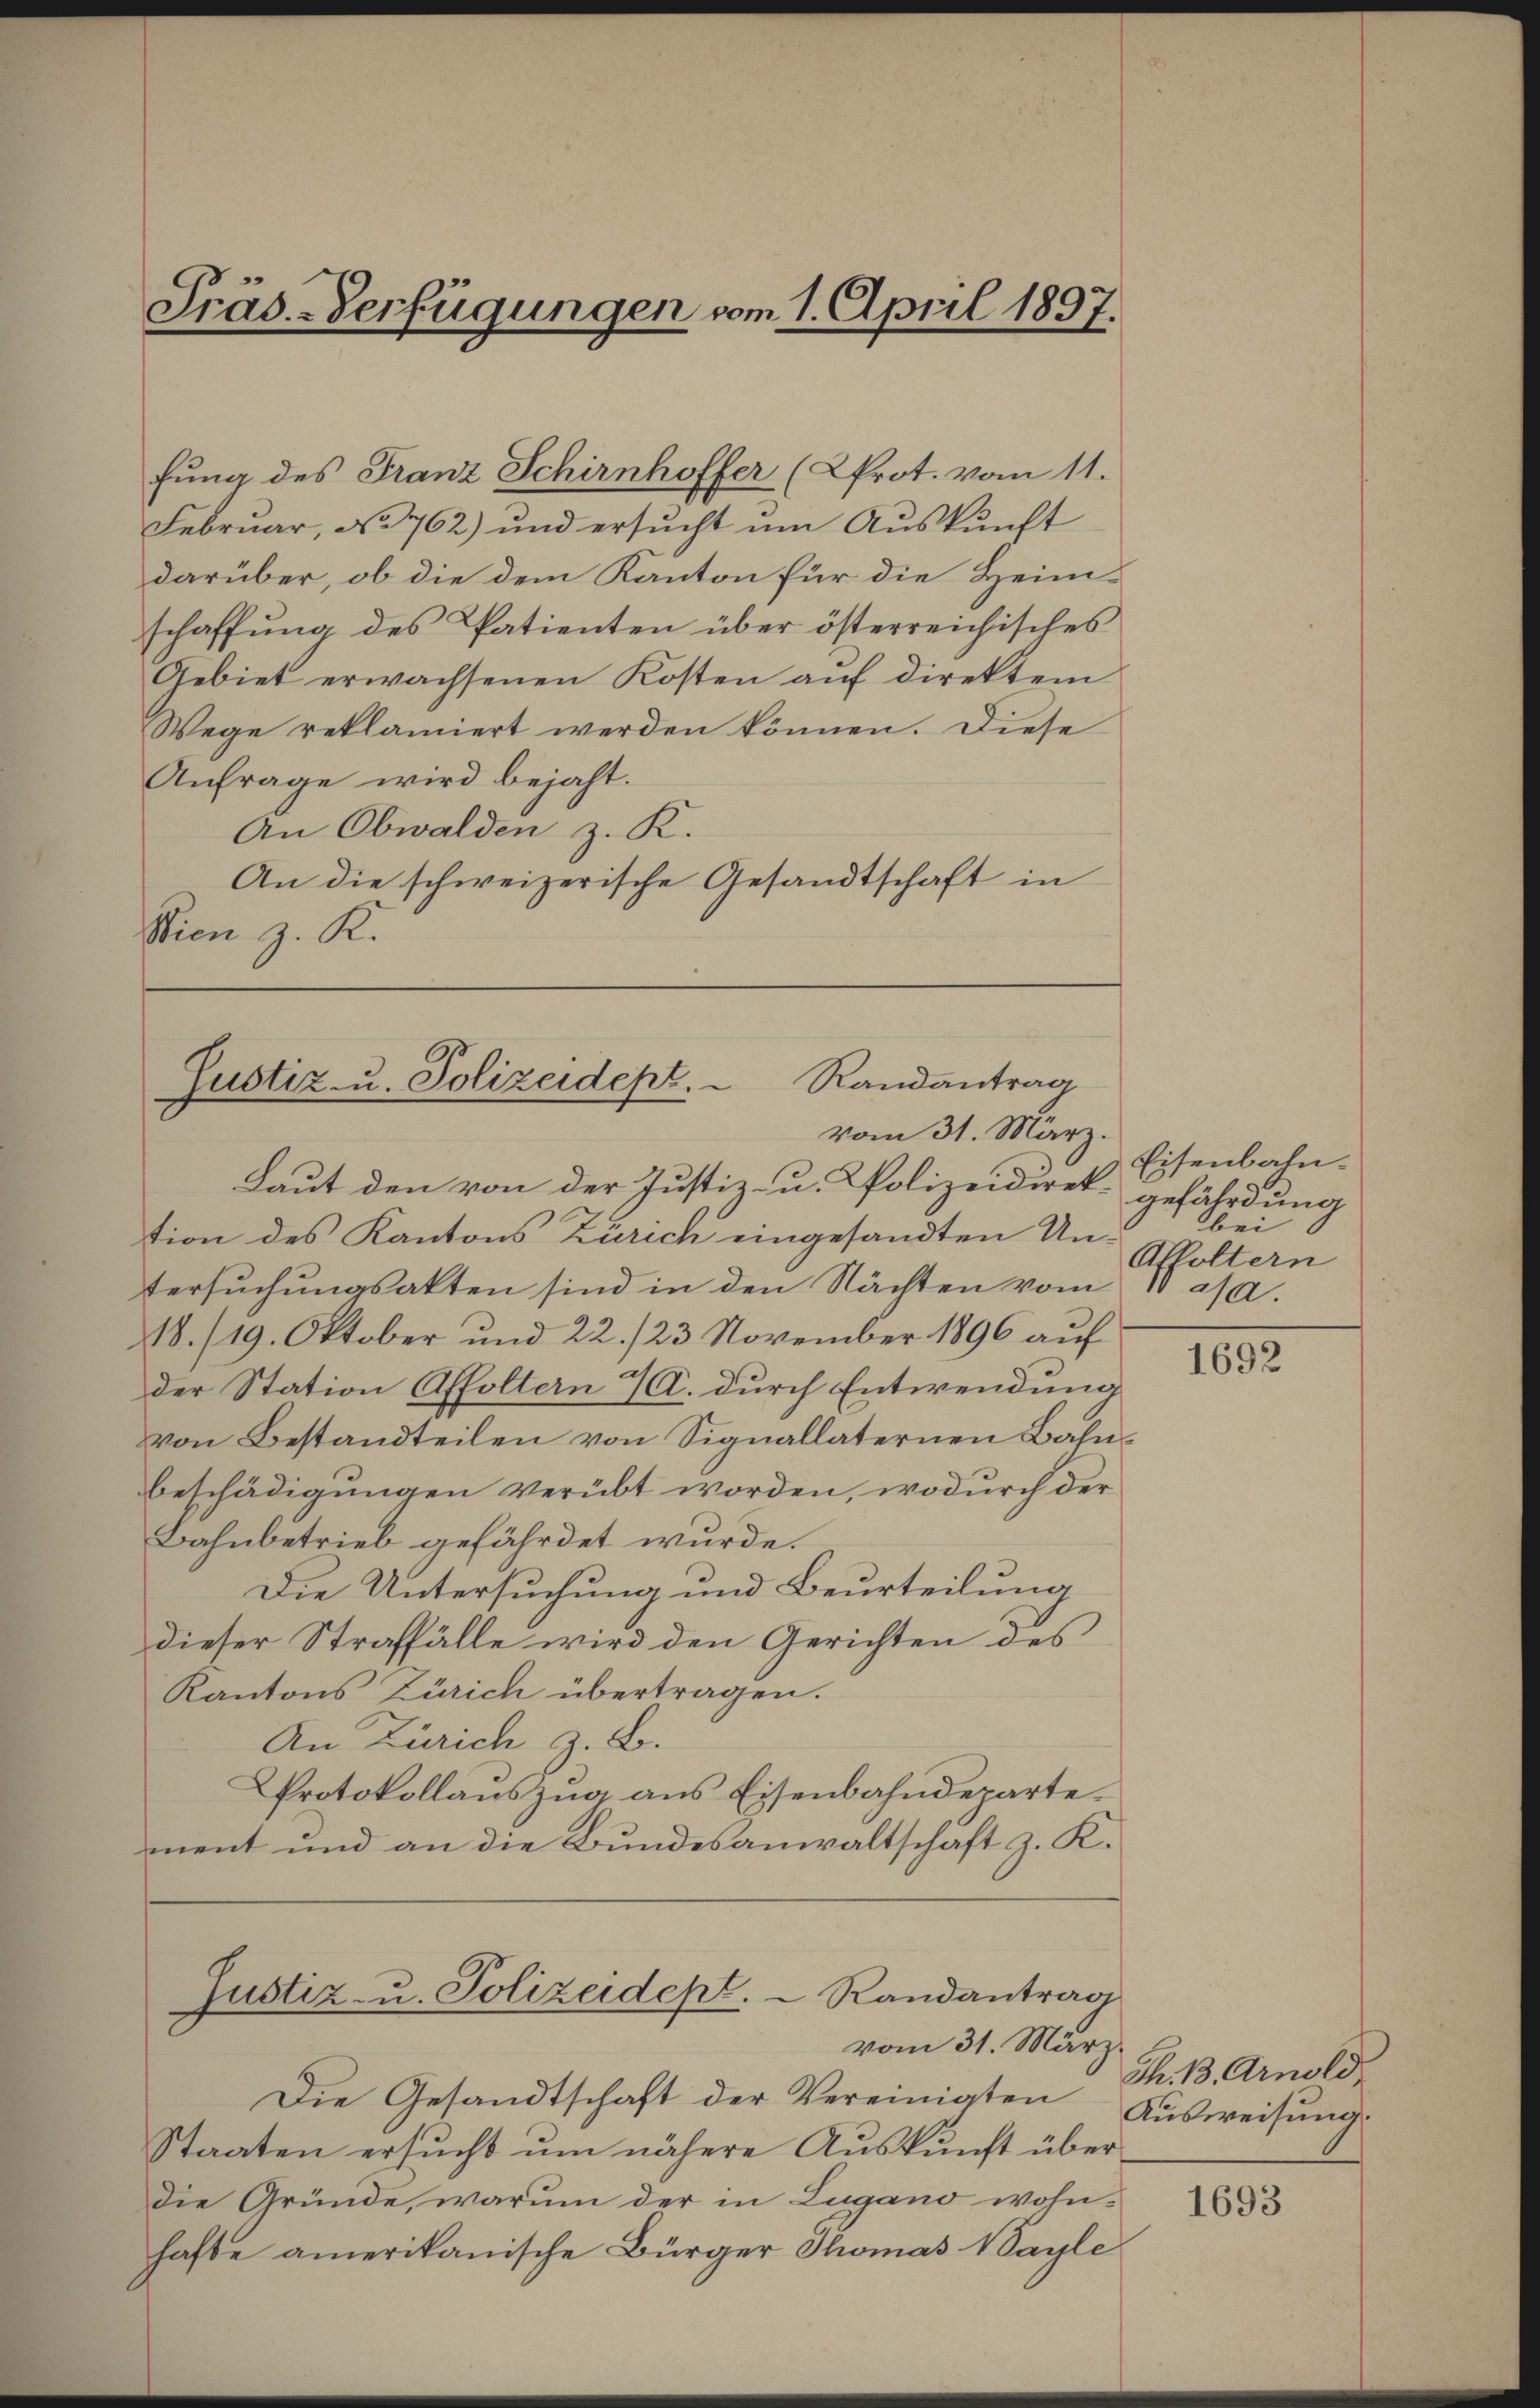
Präs.-Verfügungen vom 1. April 1897.

fung des Franz Schirnhoffer (Prot. vom 11.
Februar, No 762) und ersucht um Auskunft
darüber, ob die dem Kanton für die Heim-
schaffung des Patienten über österreichisches
Gebiet erwachsenen Kosten aŭf direktem
Wege reklamiert werden können. Diese
Anfrage wird bejaht.
An Obwalden z. K.
An die schweizerische Gesandtschaft in
Wien z. K.

Justiz- u. Polizeidept. Randantrag
vom 31. März.

Laut den von der Justiz- u. Polizeidiret gefährdung
tion des Kantons Zürich eingesandten Un-
tersuchungsakten sind in den Nächten vom
18./19. Oktober und 22./23. November 1896 auf
der Station Affoltern 7. durch Entwendung
von Bestandteilen von Signallaternen Bahnbeschädigungen verübt worden, wodurch der
Bahnbetrieb gefährdet wurde.
Die Untersuchung und Beurteilung
dieser Straffälle wird den Gerichten des
Kantons Zürich übertragen.
An Zürich z. B.
Protokollauszug aus Eisenbahndeparte.
ment und an die Bundesanwaltschaft z. K.

Justiz- u. Polizeidept.  Randantrag
vom 31. März.

Die Gesandtschaft der Vereinigten Ausweisung.
Staaten ersucht um nähere Auskunft über
die Gründe, warum der in Lugano wohn-
hafte amerikanische Bürger Thomas Wayle

Eisenbahnbei
Affoltern
asa.

1692

Th. B. Arnold

1693